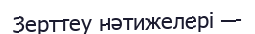
Зерттеу нәтижелері —